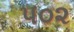
૫૦૨